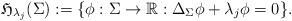
\begin{align*} \mathfrak{H}_{\lambda_j}(\Sigma) := \{ \phi:\Sigma \rightarrow \mathbb{R} : \Delta_{\Sigma}\phi+\lambda_j\phi =0\}. \end{align*}